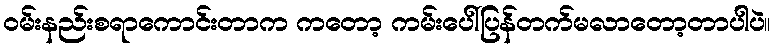
ဝမ်းနည်းစရာကောင်းတာက ကတော့ ကမ်းပေါ်ပြန်တက်မလာတော့တာပါပဲ။